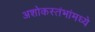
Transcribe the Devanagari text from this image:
अशोकस्तंभांमध्ये